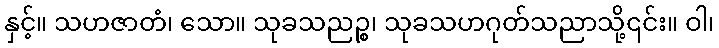
နှင့်။ သဟဇာတံ၊ သော။ သုခသညဉ္စ၊ သုခသဟဂုတ်သညာသို့၎င်း။ ဝါ၊